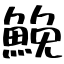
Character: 鮸